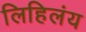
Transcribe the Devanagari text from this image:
लिहिलंय